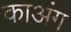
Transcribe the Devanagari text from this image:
काअंग